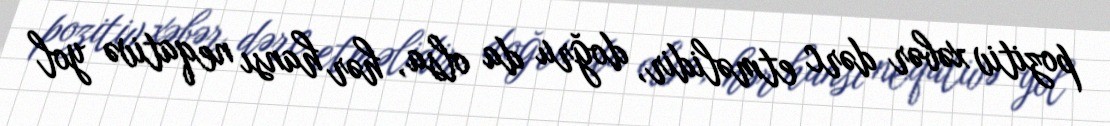
pozitiv xəbər dərc etməlidir, doğru da olsa, hər hansı neqativə yol